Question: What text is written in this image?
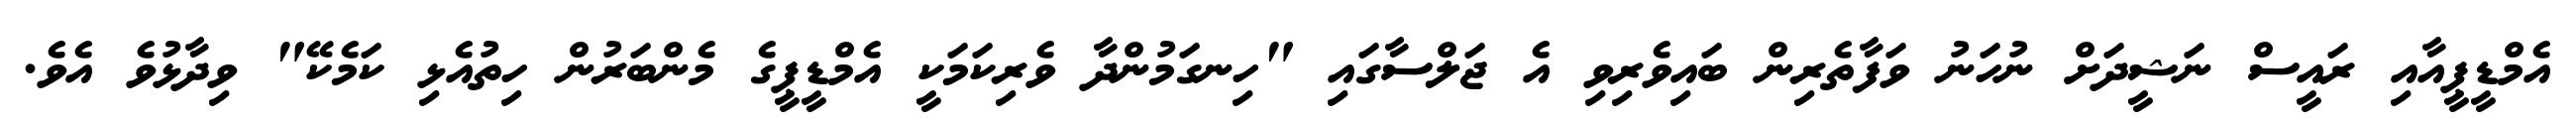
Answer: އެމްޑީޕީއާއި ރައީސް ނަޝީދަށް ނުހަނު ވަފާތެރިން ބައިވެރިވި އެ ޖަލްސާގައި "ހިނގަމުންދާ ވެރިކަމަކީ އެމްޑީޕީގެ މެންބަރުން ހިތުއެޅި ކަމެކޭ" ވިދާޅުވެ އެވެ.